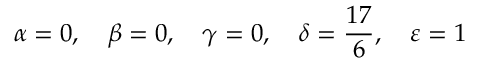
\alpha = 0 , \quad \beta = 0 , \quad \gamma = 0 , \quad \delta = \frac { 1 7 } { 6 } , \quad \varepsilon = 1